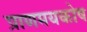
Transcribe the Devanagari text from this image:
प्राणमयकोष